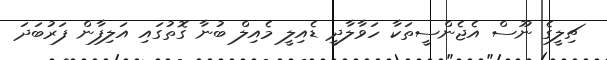
ޗިލީގެ ނޫސް އެޖެންސީތަކާ ހަވާލާދީ ޑެއިލީ މެއިލް ބުނާ ގޮތުގައި އަލިފާން ފަރުބަދަ